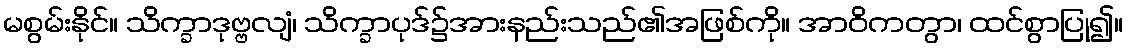
မစွမ်းနိုင်။ သိက္ခာဒုဗ္ဗလျံ၊ သိက္ခာပုဒ်၌အားနည်းသည်၏အဖြစ်ကို။ အာဝိကတွာ၊ ထင်စွာပြု၍။